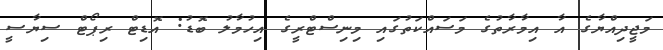
މަޖީދިއްޔާގެ އާ އިމާރާތުގެ މަސައްކަތުގައި މިނިސްޓްރީގެ އިހުމާލު ބޮޑު: އޮޑިޓް ރިޕޯޓް ސިޔާސީ